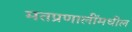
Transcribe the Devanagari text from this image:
मतप्रणालींमधील